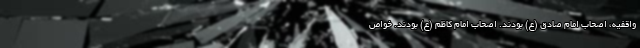
واقفیه، اصحاب امام صادق (ع) بودند. اصحاب امام کاظم (ع) بودند. خواص